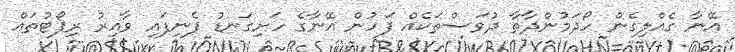
އޭނާ ގެއްލިގެން ހޯދަމުންދާތާ ދުވަސްތަކެއް ފަހުން އޭނާގެ ހަށިގަނޑު ފެނިފައި ވާއިރު ރިޕޯޓުތައް